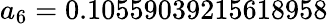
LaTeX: a_{6}=0.10559039215618958